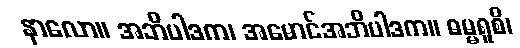
နာလော။ အဘိပါဒက၊ အမောင်အဘိပါဒက။ ဓမ္မရူစိ၊